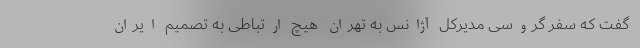
گفت که سفر گروسی مدیرکل آژانس به تهران هیچ ارتباطی به تصمیم ایران